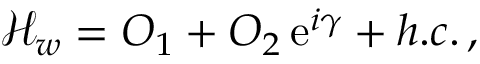
{ \mathcal H } _ { w } = { \cal O } _ { 1 } + { \cal O } _ { 2 } \, \mathrm { e } ^ { i \gamma } + h . c . \, ,